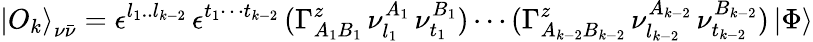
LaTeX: {\vert O_{k}\rangle}_{\nu\bar{\nu}}=\epsilon^{l_{1}..l_{k-2}}\, \epsilon^{t_{1}\cdots t_{k-2}}\, (\Gamma_{A_{1}B_{1}}^{z}\, \nu_{l_{1}}^{A_{1}}\, \nu_{t_{1}}^{B_{1}})\cdots(\Gamma_{A_{k-2}B_{k-2}}^{z}\, \nu_{l_{k-2}}^{A_{k-2}}\, \nu_{t_{k-2}}^{B_{k-2}})\, \vert\Phi\rangle